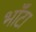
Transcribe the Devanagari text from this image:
भाँटा